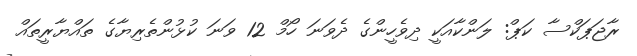
ރާޖަޕަކްސާ ކަޕް: ލަންކާއަކީ ދިވެހީންގެ ދެވަނަ ހޯމް 12 ވަނަ ކުޅުންތެރިޔާގެ ތައްޔާރީތައް